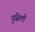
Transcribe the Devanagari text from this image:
पुसिली